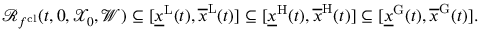
\begin{array} { r } { \mathcal { R } _ { f ^ { \mathrm { c l } } } ( t , 0 , \mathcal { X } _ { 0 } , \mathcal { W } ) \subseteq [ \underline { { x } } ^ { \mathrm { L } } ( t ) , \overline { { x } } ^ { \mathrm { L } } ( t ) ] \subseteq [ \underline { { x } } ^ { \mathrm { H } } ( t ) , \overline { { x } } ^ { \mathrm { H } } ( t ) ] \subseteq [ \underline { { x } } ^ { \mathrm { G } } ( t ) , \overline { { x } } ^ { \mathrm { G } } ( t ) ] . } \end{array}